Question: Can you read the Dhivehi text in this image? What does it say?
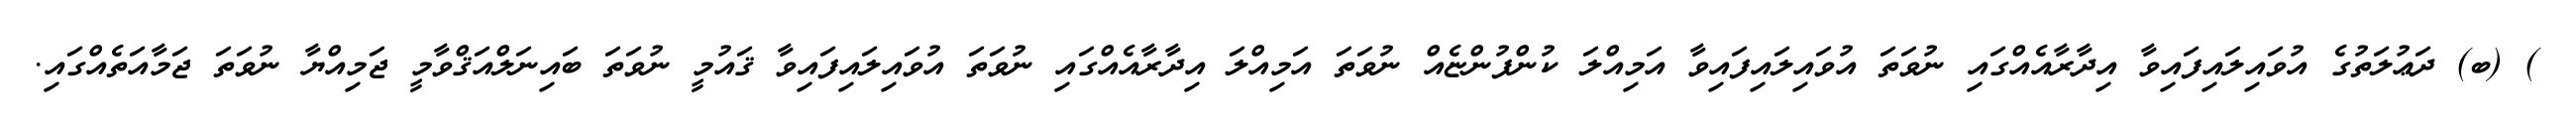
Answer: ) (ބ) ދަޢުލަތުގެ އުވައިލައިފައިވާ އިދާރާއެއްގައި ނުވަތަ އުވައިލައިފައިވާ އަމިއްލަ ކުންފުންޏެއް ނުވަތަ އަމިއްލަ އިދާރާއެއްގައި ނުވަތަ އުވައިލައިފައިވާ ޤައުމީ ނުވަތަ ބައިނަލްއަޤްވާމީ ޖަމިއްޔާ ނުވަތަ ޖަމާއަތެއްގައި.